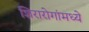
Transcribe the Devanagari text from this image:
शिरारोगांमध्ये